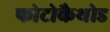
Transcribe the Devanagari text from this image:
फोटोकैथोड